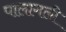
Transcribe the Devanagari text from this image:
पालागली